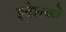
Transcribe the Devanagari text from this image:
इदेशकों